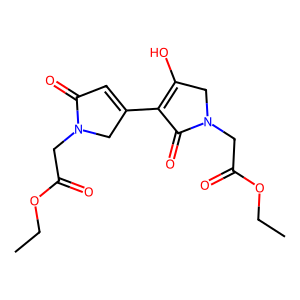
SMILES: CCOC(=O)CN1CC(C2=C(O)CN(CC(=O)OCC)C2=O)=CC1=O
Inhibits HIV replication: No